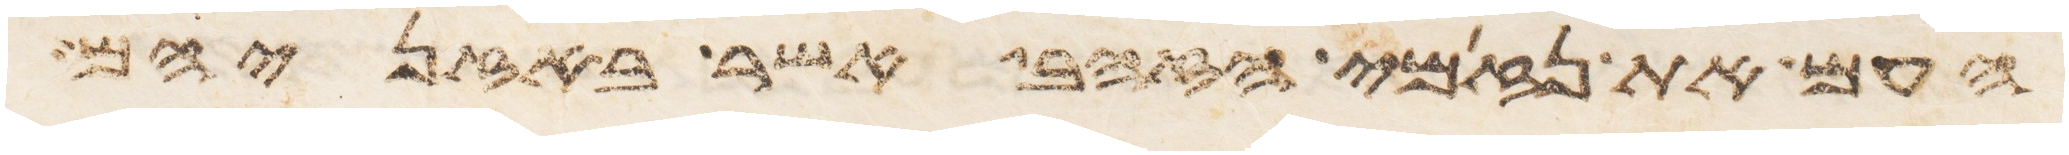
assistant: העם את נזמי הזהב אשר באזניהם